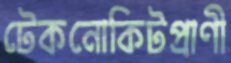
টেকনোকিটপ্রাণী